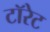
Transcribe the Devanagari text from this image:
टॉरेट